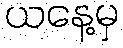
ယနေ့မှ